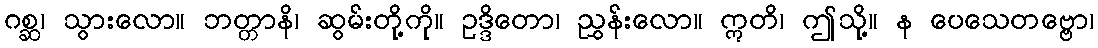
ဂစ္ဆ၊ သွားလော။ ဘတ္တာနိ၊ ဆွမ်းတို့ကို။ ဥဒ္ဒိတော၊ ညွှန်းလော။ ဣတိ၊ ဤသို့။ န ပေသေတဗ္ဗော၊